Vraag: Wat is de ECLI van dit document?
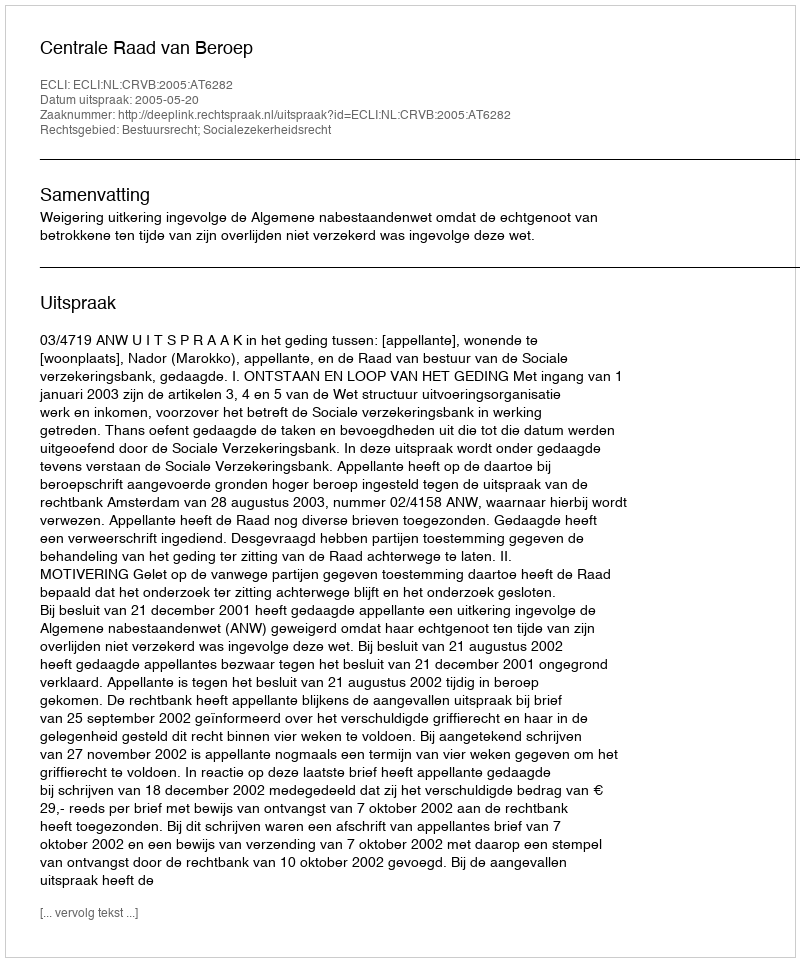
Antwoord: ECLI:NL:CRVB:2005:AT6282